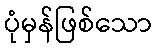
ပုံမှန်ဖြစ်သော